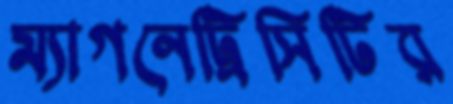
ম্যাগনেট্রিসিটির